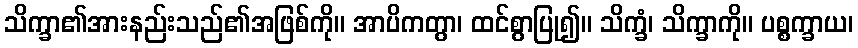
သိက္ခာ၏အားနည်းသည်၏အဖြစ်ကို။ အာပိကတွာ၊ ထင်စွာပြု၍။ သိက္ခံ၊ သိက္ခာကို။ ပစ္စက္ခာယ၊